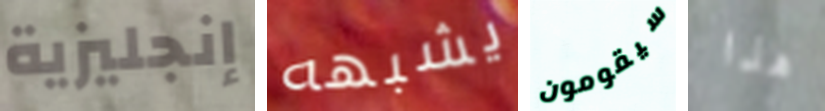
إنجليزية يشبهه سيقومون هذا